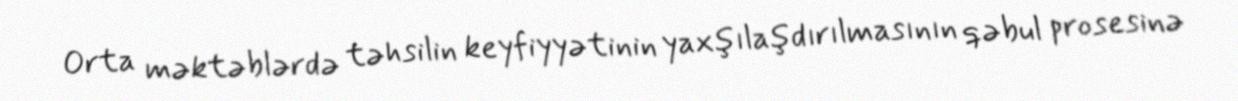
Orta məktəblərdə təhsilin keyfiyyətinin yaxşılaşdırılmasının qəbul prosesinə